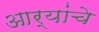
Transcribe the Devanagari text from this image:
आर्‍यांचे